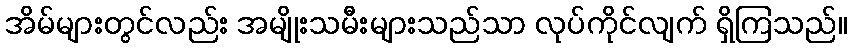
အိမ်များတွင်လည်း အမျိုးသမီးများသည်သာ လုပ်ကိုင်လျက် ရှိကြသည်။